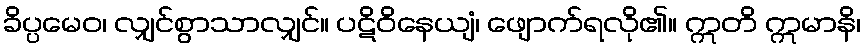
ခိပ္ပမေဝ၊ လျှင်စွာသာလျှင်။ ပဋိဝိနေယျံ၊ ဖျောက်ရလို၏။ ဣတိ ဣမာနိ၊